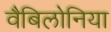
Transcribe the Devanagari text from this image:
वैबिलोनिया